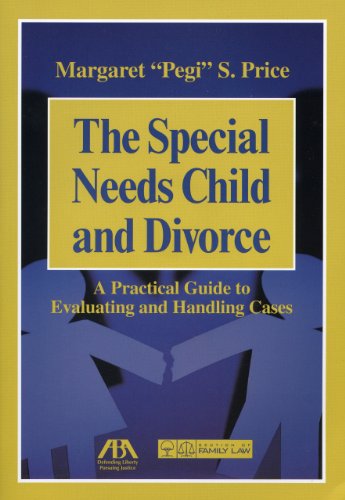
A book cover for The Special Needs Child and Divorce: A Practical Guide to Handling and Evaluating Cases; Margaret Pegi S. Price; Law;